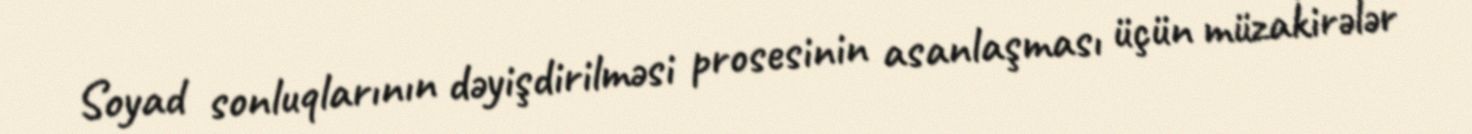
Soyad sonluqlarının dəyişdirilməsi prosesinin asanlaşması üçün müzakirələr